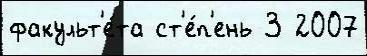
факульт'е́та ст'е́п'ень 3 2007